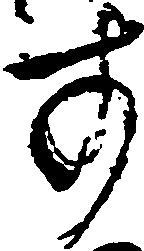
す